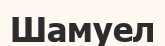
Шамуел